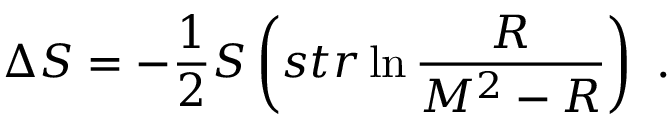
\Delta S = - \frac { 1 } { 2 } { \cal S } \left( s t r \ln \frac { { \cal R } } { M ^ { 2 } - { \cal R } } \right) \ .